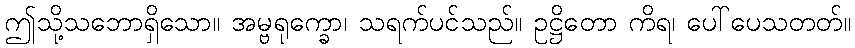
ဤသို့သဘောရှိသော။ အမ္ဗရုက္ခော၊ သရက်ပင်သည်။ ဥဋ္ဌိတော ကိရ၊ ပေါ်ပေသတတ်။